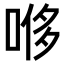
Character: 𫪥